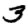
Digit: 3